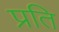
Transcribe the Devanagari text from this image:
प्रति